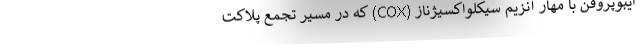
ایبوپروفن با مهار آنزیم سیکلواکسیژناز (COX) که در مسیر تجمع پلاکت